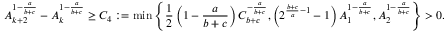
A _ { k + 2 } ^ { 1 - \frac { a } { b + c } } - A _ { k } ^ { 1 - \frac { a } { b + c } } \geq C _ { 4 } : = \operatorname* { m i n } \left\lbrace \frac { 1 } { 2 } \left( 1 - \frac { a } { b + c } \right) C _ { b + c } ^ { - \frac { a } { b + c } } , \left( 2 ^ { \frac { b + c } { a } - 1 } - 1 \right) A _ { 1 } ^ { 1 - \frac { a } { b + c } } , A _ { 2 } ^ { 1 - \frac { a } { b + c } } \right\rbrace > 0 .